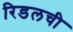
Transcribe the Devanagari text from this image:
रिडलची